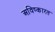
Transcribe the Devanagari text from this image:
अविष्कारत